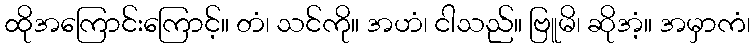
ထိုအကြောင်းကြောင့်။ တံ၊ သင်ကို။ အဟံ၊ ငါသည်။ ဗြူမိ၊ ဆိုအံ့။ အမှာကံ၊